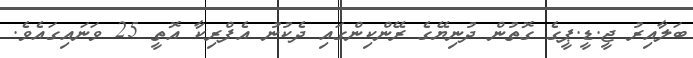
ބަލާއިރު ޖީ.ޑީ.ޕީގެ ގޮތުން ދުނިޔޭގެ ރޭންކިންގައި ދެކުނު އެފްރިކާ އޮތީ 25 ވަނައިގައެވެ.